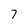
Character: 7